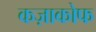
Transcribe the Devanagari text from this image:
कज़ाकोफ